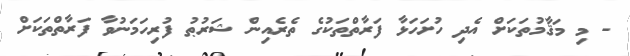
- މި މަޤާމުތަކަށް އެދި ހުށަހަޅާ ފަރާތްތަކުގެ ތެރެއިން ޝަރުޠު ފުރިހަމަނުވާ ފަރާތްތަކަށް